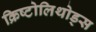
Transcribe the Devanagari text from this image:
क्रिष्टोलिथोड्स